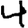
Digit: 4